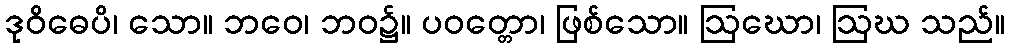
ဒုဝိဓေပိ၊ သော။ ဘဝေ၊ ဘဝ၌။ ပဝတ္တော၊ ဖြစ်သော။ ဩဃော၊ ဩဃ သည်။